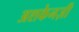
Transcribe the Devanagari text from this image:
अशकेनज़ी